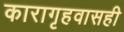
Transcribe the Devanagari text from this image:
कारागृहवासही